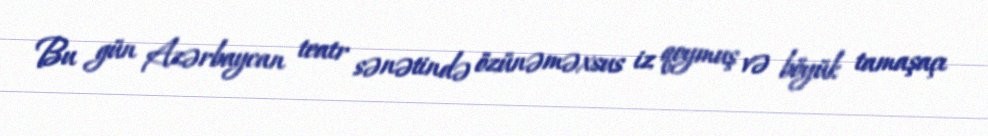
Bu gün Azərbaycan teatr sənətində özünəməxsus iz qoymuş və böyük tamaşaçı